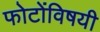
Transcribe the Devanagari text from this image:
फोटोंविषयी